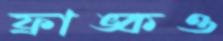
ফ্রাঙ্কও